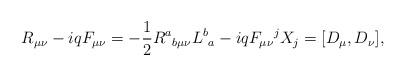
LaTeX: \begin{align*}R_{\mu\nu}-iqF_{\mu\nu}=-\frac{1}{2}R^a{}_{b\mu\nu}L^b{}_a-iqF_{\mu\nu}{}^j X_j=[D_\mu,D_\nu],\end{align*}